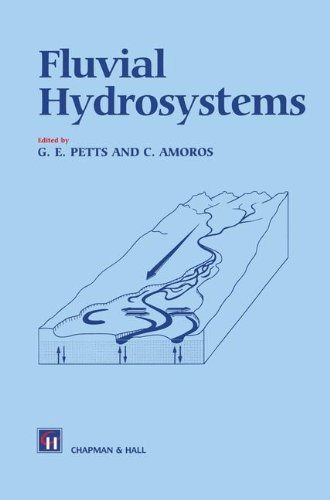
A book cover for Fluvial Hydrosystems; Science & Math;